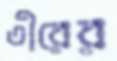
তীরের